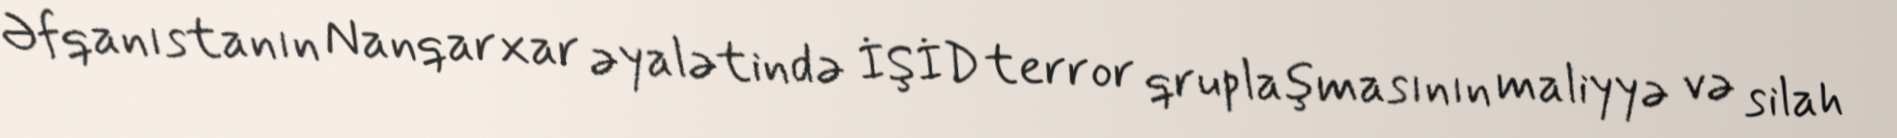
Əfqanıstanın Nanqarxar əyalətində İŞİD terror qruplaşmasının maliyyə və silah